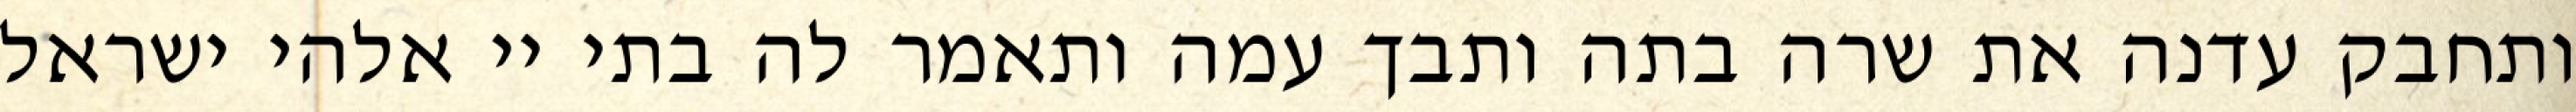
ותחבק עדנה את שרה בתה ותבך עמה ותאמר לה בתי יי אלהי ישראל